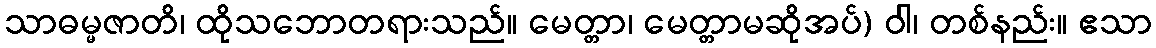
သာဓမ္မဇာတိ၊ ထိုသဘောတရားသည်။ မေတ္တာ၊ မေတ္တာမဆိုအပ်) ဝါ၊ တစ်နည်း။ ဧသာ